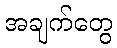
အချက်တွေ